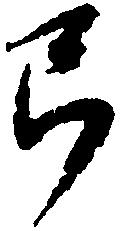
弓